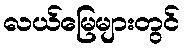
လယ်မြေများတွင်